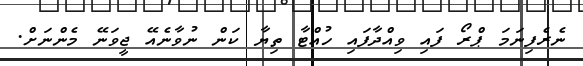
ނެރެފިނަމަ ޕްރޯ ފައި ވިއްދާފައި ހުއްޓާ ތިޔާ ކަން ނުވާނެއޭ ޖީވަނޭ މެންނަށް.